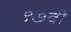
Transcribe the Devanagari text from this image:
९७वी